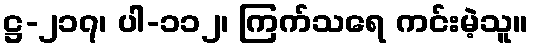
ဋ္ဌ-၂၁၇၊ ပါ-၁၁၂၊ ကြက်သရေ ကင်းမဲ့သူ။